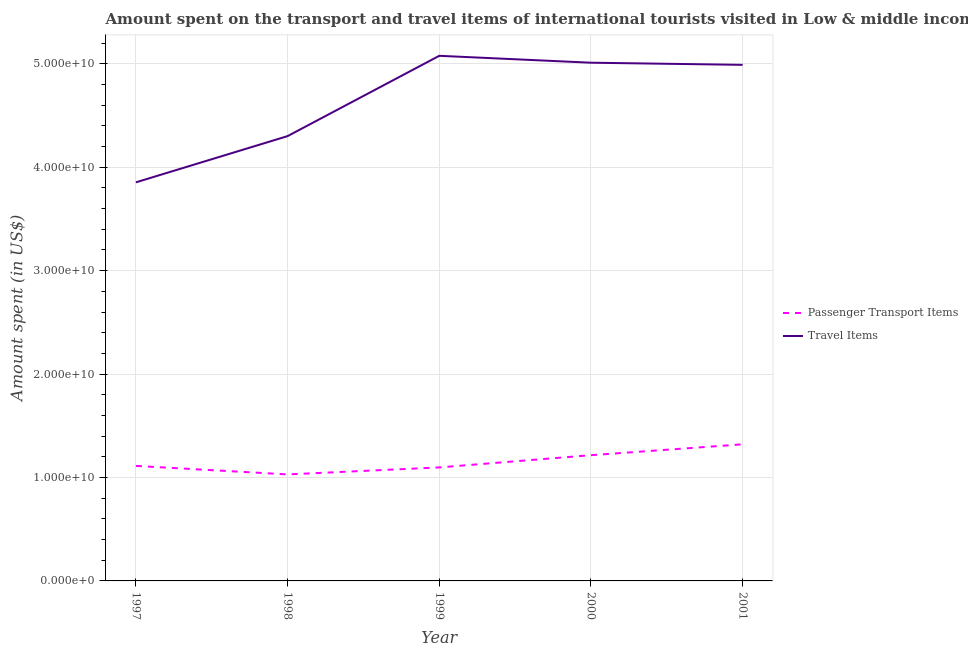
| Year | Passenger Transport Items | Travel Items |
 | --- | --- | --- |
 | 1997 | 1.11e+10 | 3.85e+10 |
 | 1998 | 1.03e+10 | 4.3e+10 |
 | 1999 | 1.1e+10 | 5.08e+10 |
 | 2000 | 1.22e+10 | 5.01e+10 |
 | 2001 | 1.32e+10 | 4.99e+10 |